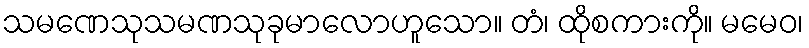
သမဏေသုသမဏသုခုမာလောဟူသော။ တံ၊ ထိုစကားကို။ မမေဝ၊